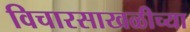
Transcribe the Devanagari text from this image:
विचारसाखळीच्या